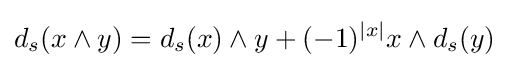
d_{s}(x\wedge y)=d_{s}(x)\wedge y+(-1)^{|x|}x\wedge d_{s}(y)